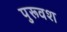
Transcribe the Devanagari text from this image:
पुरूवश